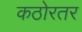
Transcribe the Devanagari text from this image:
कठोरतर